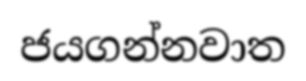
ජයගන්නවාත